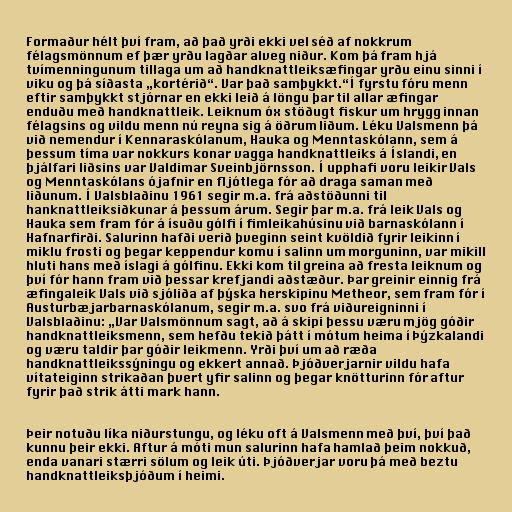
Formaður hélt því fram, að það yrði ekki vel séð af nokkrum
félagsmönnum ef þær yrðu lagðar alveg niður. Kom þá fram hjá
tvímenningunum tillaga um að handknattleiksæfingar yrðu einu sinni í
viku og þá síðasta „kortérið“. Var það samþykkt.“Í fyrstu fóru menn
eftir samþykkt stjórnar en ekki leið á löngu þar til allar æfingar
enduðu með handknattleik. Leiknum óx stöðugt fiskur um hrygg innan
félagsins og vildu menn nú reyna sig á öðrum liðum. Léku Valsmenn þá
við nemendur í Kennaraskólanum, Hauka og Menntaskólann, sem á
þessum tíma var nokkurs konar vagga handknattleiks á Íslandi, en
þjálfari liðsins var Valdimar Sveinbjörnsson. Í upphafi voru leikir Vals
og Menntaskólans ójafnir en fljótlega fór að draga saman með
liðunum. Í Valsblaðinu 1961 segir m.a. frá aðstöðunni til
hanknattleiksiðkunar á þessum árum. Segir þar m.a. frá leik Vals og
Hauka sem fram fór á ísuðu gólfi í fimleikahúsinu við barnaskólann í
Hafnarfirði. Salurinn hafði verið þveginn seint kvöldið fyrir leikinn í
miklu frosti og þegar keppendur komu í salinn um morguninn, var mikill
hluti hans með íslagi á gólfinu. Ekki kom til greina að fresta leiknum og
því fór hann fram við þessar krefjandi aðstæður. Þar greinir einnig frá
æfingaleik Vals við sjóliða af þýska herskipinu Metheor, sem fram fór í
Austurbæjarbarnaskólanum, segir m.a. svo frá viðureigninni í
Valsblaðinu: „Var Valsmönnum sagt, að á skipi þessu væru mjög góðir
handknattleiksmenn, sem hefðu tekið þátt í mótum heima í Þýzkalandi
og væru taldir þar góðir leikmenn. Yrði því um að ræða
handknattleikssýningu og ekkert annað. Þjóðverjarnir vildu hafa
vítateiginn strikaðan þvert yfir salinn og þegar knötturinn fór aftur
fyrir það strik átti mark hann.

Þeir notuðu líka niðurstungu, og léku oft á Valsmenn með því, því það
kunnu þeir ekki. Aftur á móti mun salurinn hafa hamlað þeim nokkuð,
enda vanari stærri sölum og leik úti. Þjóðverjar voru þá með beztu
handknattleiksþjóðum í heimi.